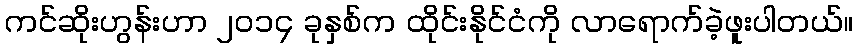
ကင်ဆိုးဟွန်းဟာ ၂၀၁၄ ခုနှစ်က ထိုင်းနိုင်ငံကို လာရောက်ခဲ့ဖူးပါတယ်။